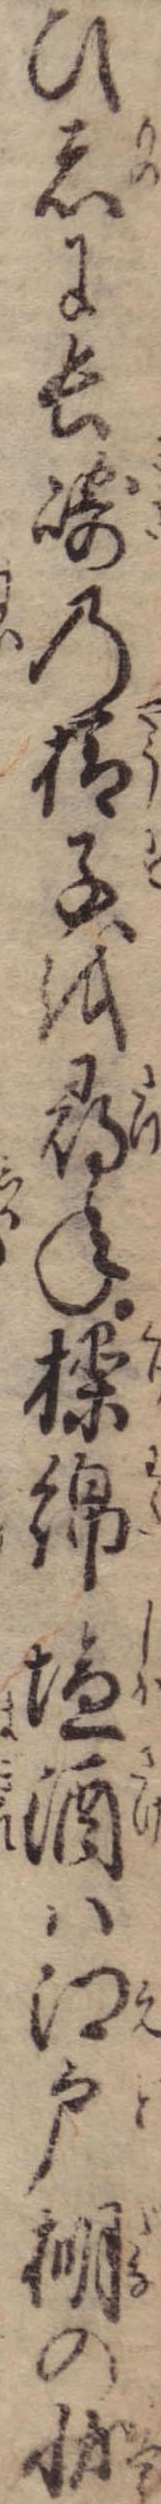
ひ者に長崎の様子を尋ね操綿塩酒は江戸棚の状